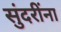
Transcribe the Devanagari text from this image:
सुंदरींना